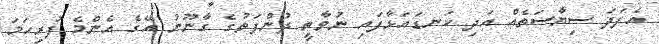
އެފަދަ ސިޔާސަތެއް އަދި ކަނޑައަޅާފައި ނުވާތީ ދުންފަތުގެ ގާނޫނު އޭގެ އެންމެ ފުރިހަމަ